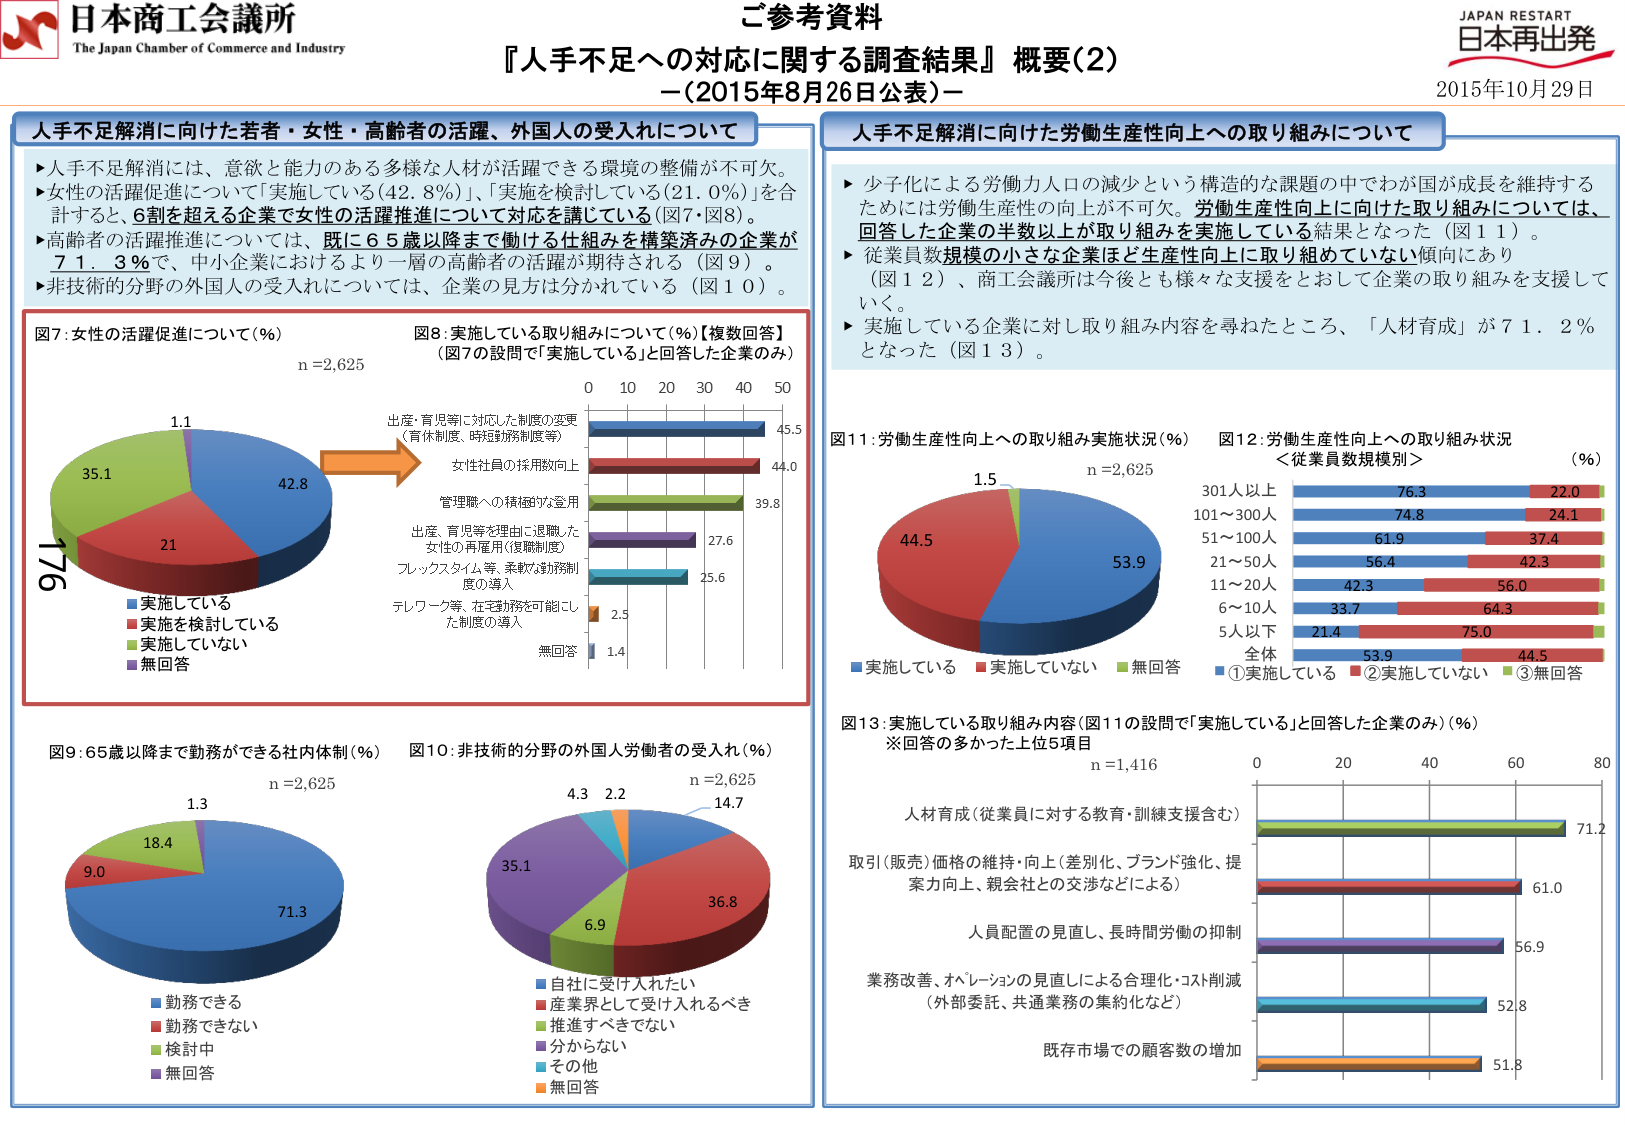
日本商工会議所
The Japan Chamber of Commerce and Industry

ご参考資料
『人手不足への対応に関する調査結果』概要(2)
－(2015年8月26日公表)－
2015年10月29日
JAPAN RESTART
日本再出発

人手不足解消に向けた若者・女性・高齢者の活躍、外国人の受入れについて
▶人手不足解消には、意欲と能力のある多様な人材が活躍できる環境の整備が不可欠。
▶女性の活躍促進については「実施している(42.8%)」、「実施を検討している(21.0%)」を合計すると、6割を超える企業で女性の活躍推進について対応を講じている（図7・図8）。
▶高齢者の活躍推進については、既に65歳以降まで勤務する仕組みを構築済みの企業が71.3％で、中小企業におけるより一層の高齢者の活躍が期待される（図9）。
▶非技術的分野の外国人の受入れについては、企業の見方は分かれている（図10）。

図7：女性の活躍促進について(%)
n=2,625
42.8
21
35.1
1.1
■実施している
■実施を検討している
■実施していない
■無回答

図8：実施している取り組みについて(%)【複数回答】
（図7の設問で「実施している」と回答した企業のみ）
0 10 20 30 40 50
出産・育児等に対応した制度の変更
（育休制度、時短勤務制度等）
45.5
女性社員の採用数向上
44.0
管理職への積極的な登用
39.8
出産、育児等を理由に退職した
女性の再雇用（復職制度）
27.6
フレックスタイム等、柔軟な勤務制
度の導入
25.6
テレワーク等、在宅勤務を可能にし
た制度の導入
2.5
無回答
1.4

図9：65歳以降まで勤務ができる社内体制(%)
n=2,625
71.3
9.0
18.4
1.3
■勤務できる
■勤務できない
■検討中
■無回答

図10：非技術的分野の外国人労働者の受入れ(%)
n=2,625
36.8
6.9
35.1
4.3
2.2
14.7
■自社に受け入れたい
■産業界として受け入れるべき
■推進すべきではない
■分からない
■その他
■無回答

人手不足解消に向けた労働生産性向上への取り組みについて
▶少子化による労働力人口の減少という構造的な課題の中でわが国が成長を維持するためには労働生産性の向上が不可欠。労働生産性向上に向けた取り組みについては、回答した企業の半数以上が取り組みを実施している結果となった（図11）。
▶従業員数規模の小さな企業ほど生産性向上に取り組めていない傾向にあり（図12）、商工会議所は今後とも様々な支援をとおして企業の取り組みを支援していく。
▶実施している企業に対し取り組み内容を尋ねたところ、「人材育成」が71.2％となった（図13）。

図11：労働生産性向上への取り組み実施状況(%)
n=2,625
53.9
44.5
1.5
■実施している
■実施していない
■無回答

図12：労働生産性向上への取り組み状況
＜従業員数規模別＞
(%)
301人以上
76.3 22.0
101～300人
74.8 24.1
51～100人
61.9 37.4
21～50人
56.4 42.3
11～20人
42.3 56.0
6～10人
33.7 64.3
5人以下
21.4 75.0
全体
53.9 44.5
■①実施している ■②実施していない ■③無回答

図13：実施している取り組み内容（図11の設問で「実施している」と回答した企業のみ）(%)
※回答の多かった上位5項目
n=1,416
0 20 40 60 80
人材育成（従業員に対する教育・訓練支援含む）
71.2
取引（販売）価格の維持・向上（差別化、ブランド強化、提案力向上、親会社との交渉などによる）
61.0
人員配置の見直し、長時間労働の抑制
56.9
業務改善、オペレーションの見直しによる合理化・コスト削減
（外部委託、共通業務の集約化など）
52.8
既存市場での顧客数の増加
51.8